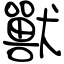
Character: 獸